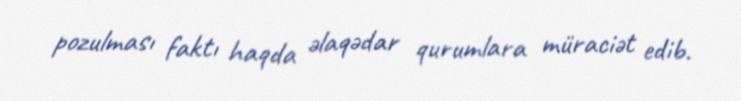
pozulması faktı haqda əlaqədar qurumlara müraciət edib.